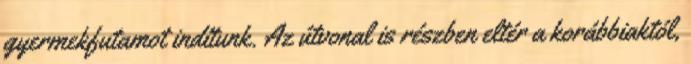
gyermekfutamot indítunk. Az útvonal is részben eltér a korábbiaktól,